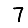
Digit: 7